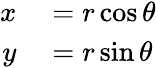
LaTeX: \begin{array}{rl}{x}&{{}=r\cos\theta}\\ {y}&{{}=r\sin\theta}\end{array}